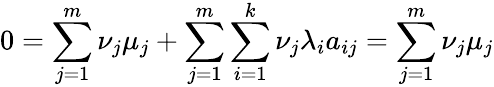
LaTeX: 0=\sum_{j=1}^{m}\nu_{j}\mu_{j}+\sum_{j=1}^{m}\sum_{i=1}^{k}\nu_{j}\lambda_{i}a_{ij}=\sum_{j=1}^{m}\nu_{j}\mu_{j}